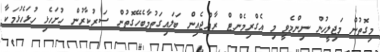
މިގޮތުން މަޖިލީހުން ނިންމެވީ މި އެގްރިމެންޓް ރާއްޖެއިން ބަލައިގަތުމާބެހޭގޮތުން ސަރުކާރުން ހުށަހެޅި ހުޅަހެޅުމަކާ